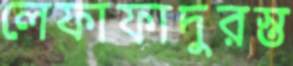
লেফাফাদুরস্ত